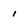
Character: 1